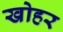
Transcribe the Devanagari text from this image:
खोहर